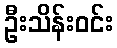
ဦးသိန်းဝင်း